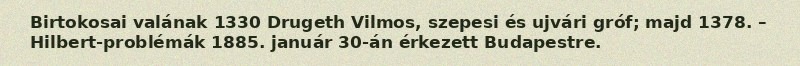
Birtokosai valának 1330 Drugeth Vilmos, szepesi és ujvári gróf; majd 1378. – Hilbert-problémák 1885. január 30-án érkezett Budapestre.